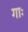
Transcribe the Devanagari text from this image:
गाः